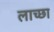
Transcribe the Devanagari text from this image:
लाच्छा